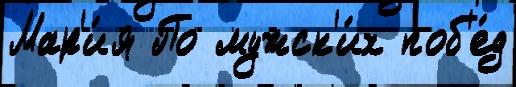
Мар'и́я По мужск'и́х поб'е́д